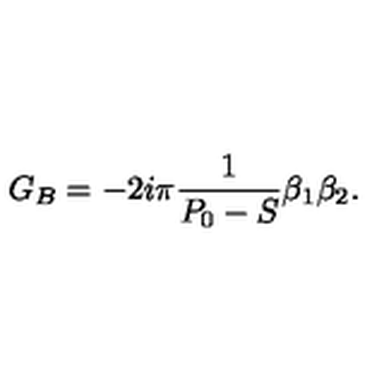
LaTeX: G _ { B } = - 2 i \pi { \frac { 1 } { P _ { 0 } - S } } \beta _ { 1 } \beta _ { 2 } . \,